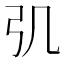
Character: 𢎪